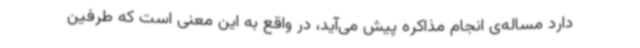
دارد مساله‌ی انجام مذاکره پیش می‌آید، در واقع به این معنی است که طرفین